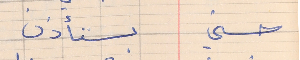
حسني    يستأذن